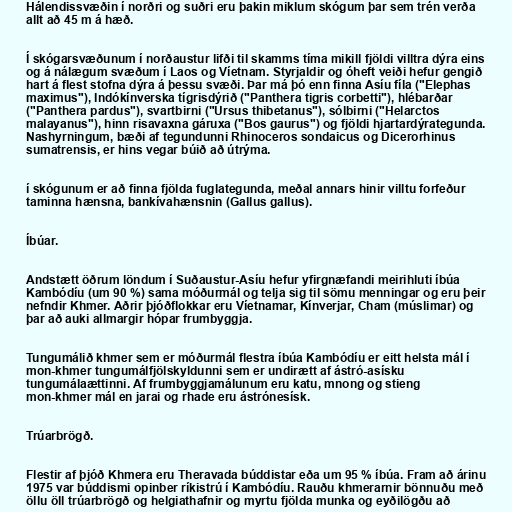
Hálendissvæðin í norðri og suðri eru þakin miklum skógum þar sem trén verða
allt að 45 m á hæð.

Í skógarsvæðunum í norðaustur lifði til skamms tíma mikill fjöldi villtra dýra eins
og á nálægum svæðum í Laos og Víetnam. Styrjaldir og óheft veiði hefur gengið
hart á flest stofna dýra á þessu svæði. Þar má þó enn finna Asíu fíla ("Elephas
maximus"), Indókínverska tígrisdýrið ("Panthera tigris corbetti"), hlébarðar
("Panthera pardus"), svartbirni ("Ursus thibetanus"), sólbirni ("Helarctos
malayanus"), hinn risavaxna gáruxa ("Bos gaurus") og fjöldi hjartardýrategunda.
Nashyrningum, bæði af tegundunni Rhinoceros sondaicus og Dicerorhinus
sumatrensis, er hins vegar búið að útrýma.

í skógunum er að finna fjölda fuglategunda, meðal annars hinir villtu forfeður
taminna hænsna, bankívahænsnin (Gallus gallus).

Íbúar.

Andstætt öðrum löndum í Suðaustur-Asíu hefur yfirgnæfandi meirihluti íbúa
Kambódíu (um 90 %) sama móðurmál og telja sig til sömu menningar og eru þeir
nefndir Khmer. Aðrir þjóðflokkar eru Víetnamar, Kínverjar, Cham (múslimar) og
þar að auki allmargir hópar frumbyggja.

Tungumálið khmer sem er móðurmál flestra íbúa Kambódíu er eitt helsta mál í
mon-khmer tungumálfjölskyldunni sem er undirætt af ástró-asísku
tungumálaættinni. Af frumbyggjamálunum eru katu, mnong og stieng
mon-khmer mál en jarai og rhade eru ástrónesísk.

Trúarbrögð.

Flestir af þjóð Khmera eru Theravada búddistar eða um 95 % íbúa. Fram að árinu
1975 var búddismi opinber ríkistrú í Kambódíu. Rauðu khmerarnir bönnuðu með
öllu öll trúarbrögð og helgiathafnir og myrtu fjölda munka og eyðilögðu að